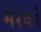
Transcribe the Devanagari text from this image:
मेरेको